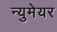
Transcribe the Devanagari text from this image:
न्युमेयर